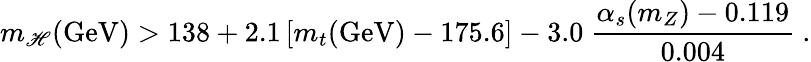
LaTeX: m_{\mathscr{H}}(\mathrm{{GeV}})>138+2.1\left[m_{t}(\mathrm{{GeV}})-175.6\right]-3.0~\frac{{\alpha_{s}(m_{Z})-0.119}}{{0.004}}~.